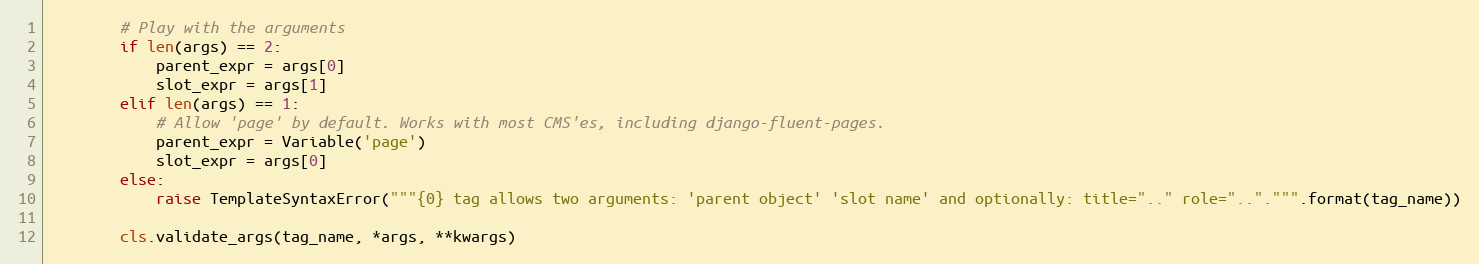
Language: Python
        # Play with the arguments
        if len(args) == 2:
            parent_expr = args[0]
            slot_expr = args[1]
        elif len(args) == 1:
            # Allow 'page' by default. Works with most CMS'es, including django-fluent-pages.
            parent_expr = Variable('page')
            slot_expr = args[0]
        else:
            raise TemplateSyntaxError("""{0} tag allows two arguments: 'parent object' 'slot name' and optionally: title=".." role="..".""".format(tag_name))

        cls.validate_args(tag_name, *args, **kwargs)